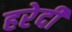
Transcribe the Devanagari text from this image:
हरेदी